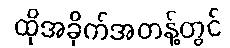
ထိုအခိုက်အတန့်တွင်